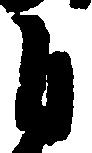
自